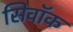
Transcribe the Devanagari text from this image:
सिवॉक